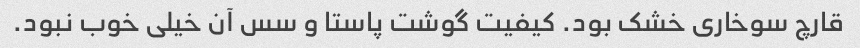
قارچ سوخاری خشک بود. کیفیت گوشت پاستا و سس آن خیلی خوب نبود.